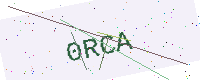
Text: 0RCA